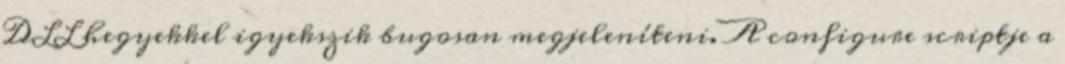
DLL hegyekkel igyekszik bugosan megjeleníteni. A configure scriptje a